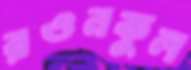
রওনকুল